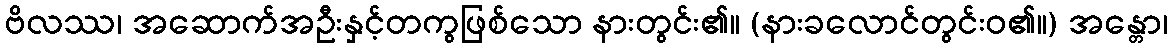
ဗိလဿ၊ အဆောက်အဦးနှင့်တကွဖြစ်သော နားတွင်း၏။ (နားခလောင်တွင်းဝ၏။) အန္တော၊